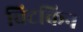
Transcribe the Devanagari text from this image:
विटकिन